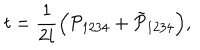
t = \frac { 1 } { 2 i } \Big ( \mathcal P _ { 1 2 3 4 } + \tilde { \mathcal { P } } _ { 1 2 3 4 } \Big ) ,